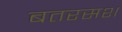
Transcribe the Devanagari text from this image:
बतरसश